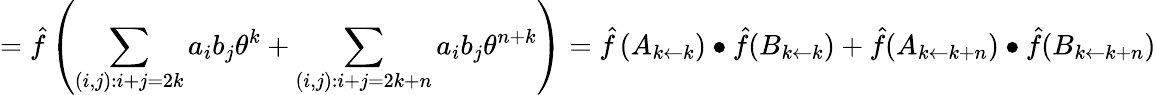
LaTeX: ={\hat{f}}\left(\sum_{(i,j):i+j=2k}{a_{i}b_{j}\theta^{k}}+\sum_{(i,j):i+j=2k+n}{a_{i}b_{j}\theta^{n+k}}\right)={\hat{f}}\left(A_{k\leftarrow k}\right)\bullet{\hat{f}}(B_{k\leftarrow k})+{\hat{f}}(A_{k\leftarrow k+n})\bullet{\hat{f}}(B_{k\leftarrow k+n})